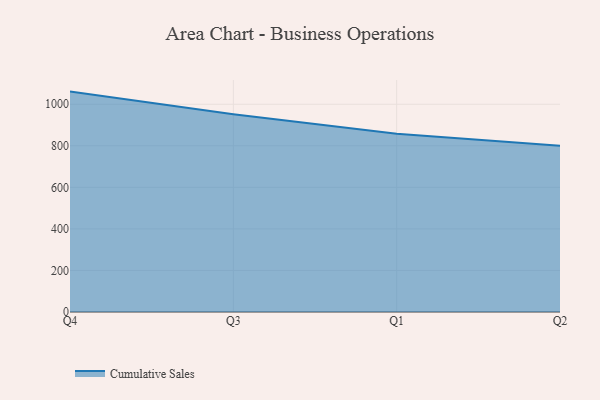
{"axis": {"x": "Quarter", "y": "Demand Index"}, "legend": ["Cumulative Sales"], "data": [{"x": "Q4", "y": 1060.9, "type": "Cumulative Sales"}, {"x": "Q3", "y": 951.7, "type": "Cumulative Sales"}, {"x": "Q1", "y": 858.0, "type": "Cumulative Sales"}, {"x": "Q2", "y": 800, "type": "Cumulative Sales"}]}